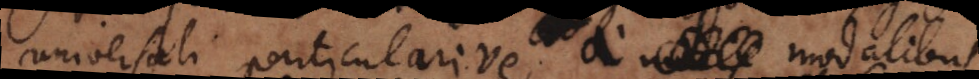
universali particularive, a modis modalibus